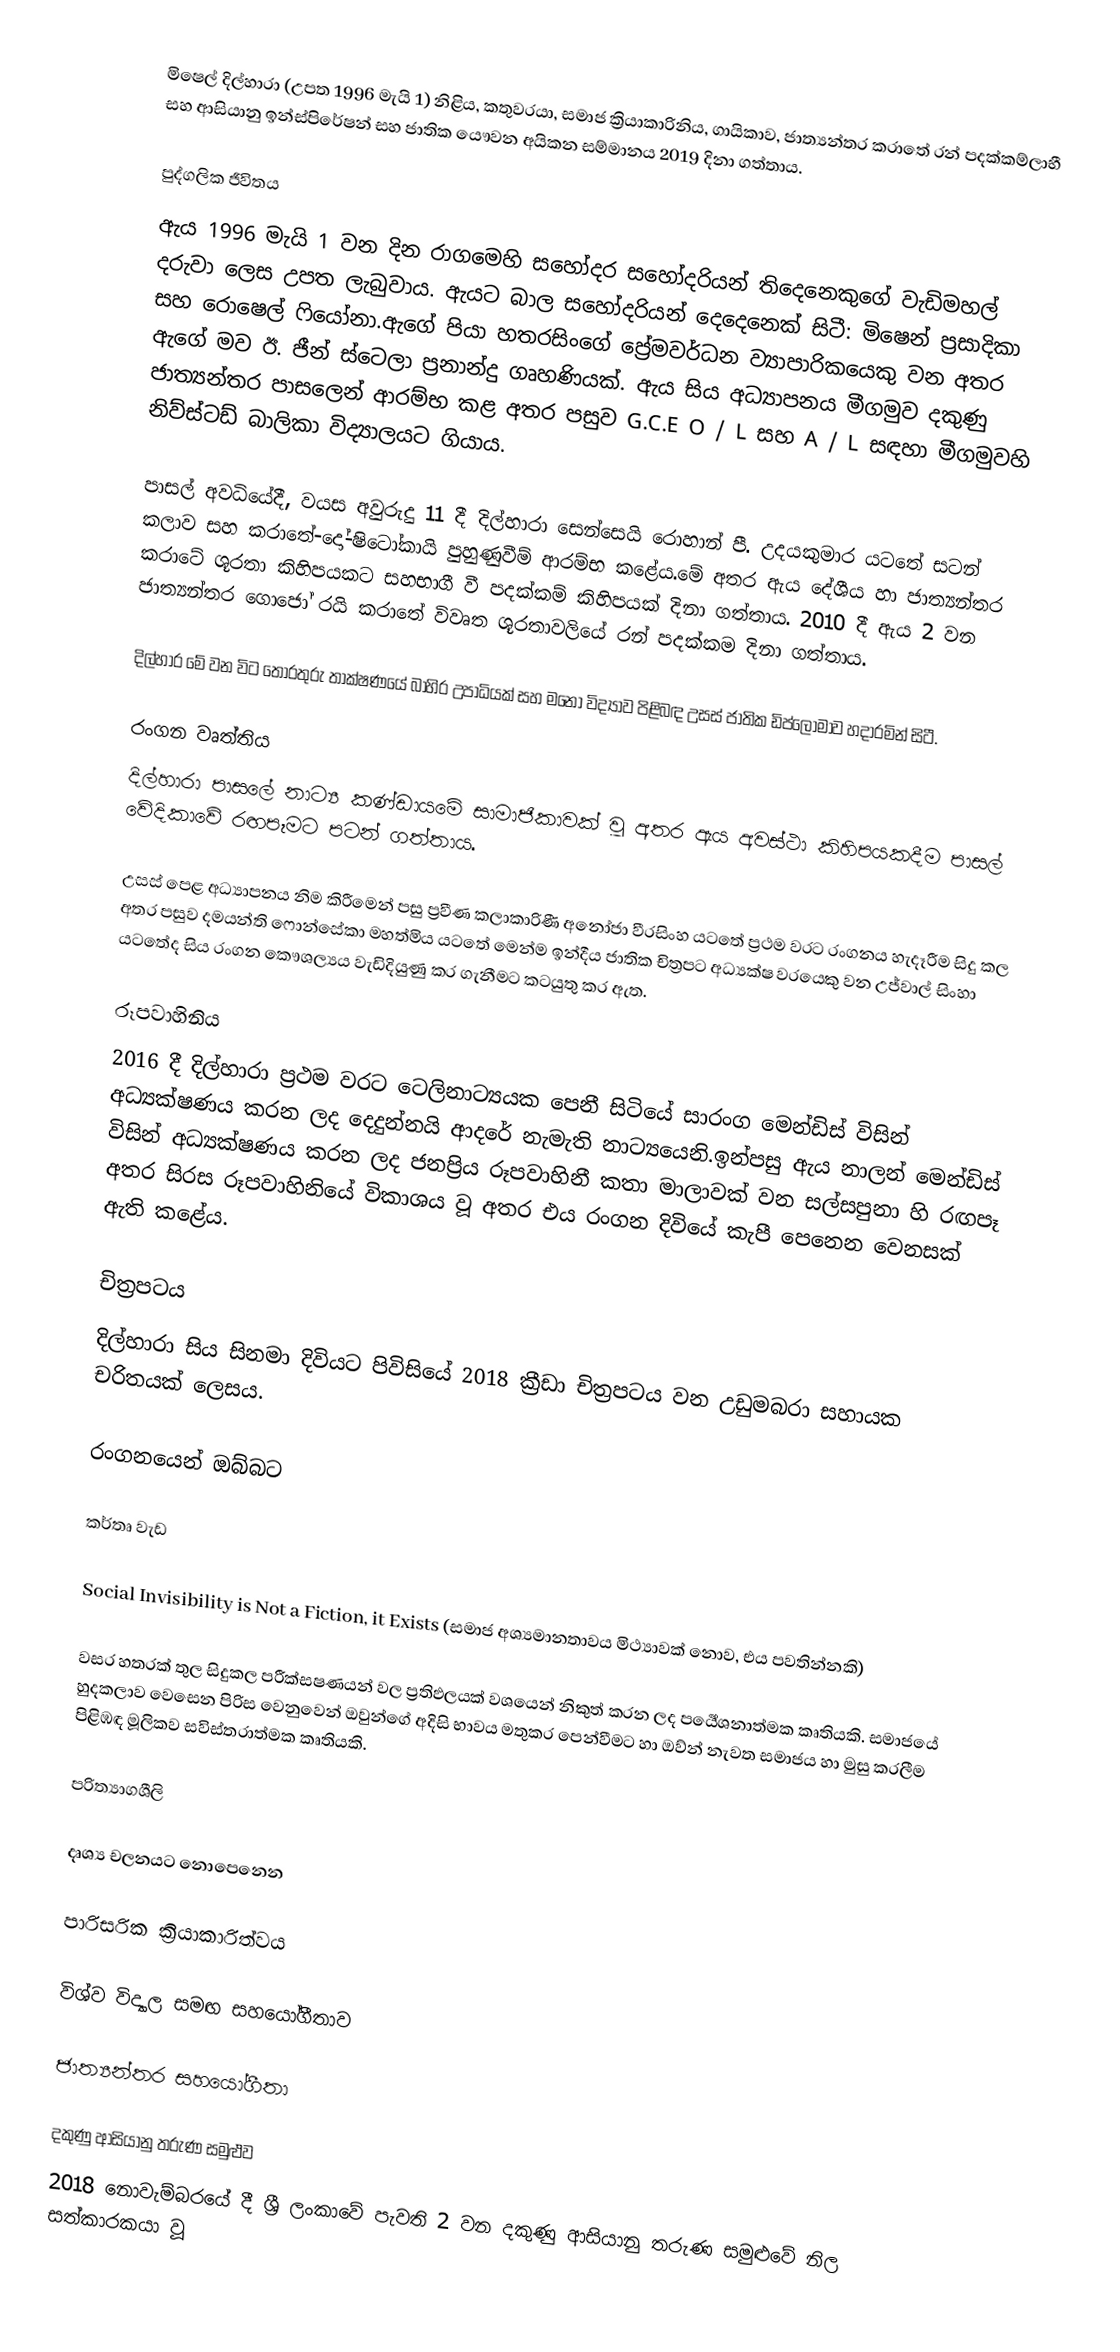
මිෂෙල් දිල්හාරා (උපත 1996 මැයි 1) නිළිය, කතුවරයා, සමාජ ක්‍රියාකාරිනිය, ගායිකාව, ජාත්‍යන්තර කරාතේ රන් පදක්කම්ලාභී සහ ආසියානු ඉන්ස්පිරේෂන් සහ ජාතික යෞවන අයිකන සම්මානය 2019 දිනා ගත්තාය.

පුද්ගලික ජීවිතය
ඇය 1996 මැයි 1 වන දින රාගමෙහි සහෝදර සහෝදරියන් තිදෙනෙකුගේ වැඩිමහල් දරුවා ලෙස උපත ලැබුවාය. ඇයට බාල සහෝදරියන් දෙදෙනෙක් සිටී: මිෂෙන් ප්‍රසාදිකා සහ රොෂෙල් ෆියෝනා.ඇගේ පියා හතරසිංගේ ප්‍රේමවර්ධන ව්‍යාපාරිකයෙකු වන අතර ඇගේ මව ඊ. ජීන් ස්ටෙලා ප්‍රනාන්දු ගෘහණියක්. ඇය සිය අධ්‍යාපනය මීගමුව දකුණු ජාත්‍යන්තර පාසලෙන් ආරම්භ කළ අතර පසුව G.C.E O / L සහ A / L සඳහා මීගමුවහි නිව්ස්ටඩ් බාලිකා විද්‍යාලයට ගියාය.

පාසල් අවධියේදී, වයස අවුරුදු 11 දී දිල්හාරා සෙන්සෙයි රොහාන් පී. උදයකුමාර යටතේ සටන් කලාව සහ කරාතේ-දෝ-ෂිටෝකායි පුහුණුවීම් ආරම්භ කළේය.මේ අතර ඇය දේශීය හා ජාත්‍යන්තර කරාටේ ශූරතා කිහිපයකට සහභාගී වී පදක්කම් කිහිපයක් දිනා ගත්තාය. 2010 දී ඇය 2 වන ජාත්‍යන්තර ගොජෝ රයි කරාතේ විවෘත ශූරතාවලියේ රන් පදක්කම දිනා ගත්තාය.

දිල්හාර මේ වන විට තොරතුරු තාක්ෂණයේ බාහිර උපාධියක් සහ මනෝ විද්‍යාව පිළිබඳ උසස් ජාතික ඩිප්ලෝමාව හදාරමින් සිටී.

රංගන වෘත්තිය
දිල්හාරා පාසලේ නාට්‍ය කණ්ඩායමේ සාමාජිකාවක් වූ අතර ඇය අවස්ථා කිහිපයකදීම පාසල් වේදිකාවේ රඟපෑමට පටන් ගත්තාය.

උසස් පෙළ අධ්‍යාපනය නිම කිරීමෙන් පසු ප්‍රවීණ කලාකාරිණී අනෝජා වීරසිංහ යටතේ ප්‍රථම වරට රංගනය හැදෑරීම සිදු කල අතර පසුව දමයන්ති ෆොන්සේකා මහත්මිය යටතේ මෙන්ම ඉන්දීය ජාතික චිත්‍රපට අධ්‍යක්ෂ වරයෙකු වන උජ්වාල් සිංහා යටතේද සිය රංගන කෞශල්‍යය වැඩිදියුණු කර ගැනීමට කටයුතු කර ඇත.

රූපවාහිනිය
2016 දී දිල්හාරා ප්‍රථම වරට ටෙලිනාට්‍යයක පෙනී සිටියේ සාරංග මෙන්ඩිස් විසින් අධ්‍යක්ෂණය කරන ලද දෙදුන්නයි ආදරේ නැමැති නාට්‍යයෙනි.ඉන්පසු ඇය නාලන් මෙන්ඩිස් විසින් අධ්‍යක්ෂණය කරන ලද ජනප්‍රිය රූපවාහිනී කතා මාලාවක් වන සල්සපුනා හි රඟපෑ අතර සිරස රූපවාහිනියේ විකාශය වූ අතර එය රංගන දිවියේ කැපී පෙනෙන වෙනසක් ඇති කළේය.

චිත්‍රපටය
දිල්හාරා සිය සිනමා දිවියට පිවිසියේ 2018 ක්‍රීඩා චිත්‍රපටය වන උඩුමබරා සහායක චරිතයක් ලෙසය.

රංගනයෙන් ඔබ්බට

කර්තෘ වැඩ

 Social Invisibility is Not a Fiction, it Exists (සමාජ අශ්‍යමානතාවය මිථ්‍යාවක් නොව, එය පවතින්නකි)

වසර හතරක් තුල සිදුකල පරීක්සෂණයන් වල ප්‍රතිඵලයක් වශයෙන් නිකුත් කරන ලද පර්‍යේශනාත්මක කෘතියකි. සමාජයේ හුදකලාව වෙසෙන පිරිස වෙනුවෙන් ඔවුන්ගේ අදිසි භාවය මතුකර පෙන්වීමට හා ඔව්න් නැවත සමාජය හා මුසු කරලීම පිළිඹඳ මූලිකව සවිස්තරාත්මක කෘතියකි.

පරිත්‍යාගශීලි

දෘශ්‍ය චලනයට නොපෙනෙන

පාරිසරික ක්‍රියාකාරිත්වය

විශ්ව විද්‍යාල සමඟ සහයෝගීතාව

ජාත්‍යන්තර සහයෝගීතා

දකුණු ආසියානු තරුණ සමුළුව
2018 නොවැම්බරයේ දී ශ්‍රී ලංකාවේ පැවති 2 වන දකුණු ආසියානු තරුණ සමුළුවේ නිල සත්කාරකයා වූ